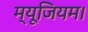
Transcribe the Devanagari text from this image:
म्यूजियम।